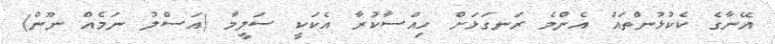
އޭނާގެ ކެކުޅުންތައް އެންމެ ރަނގަޅަށް ހިއްސާކުރާ އެކަކީ ސަލީމާ (އަސްލު ނަމެއް ނޫން)